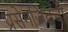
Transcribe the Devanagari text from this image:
प्रसेनजितची